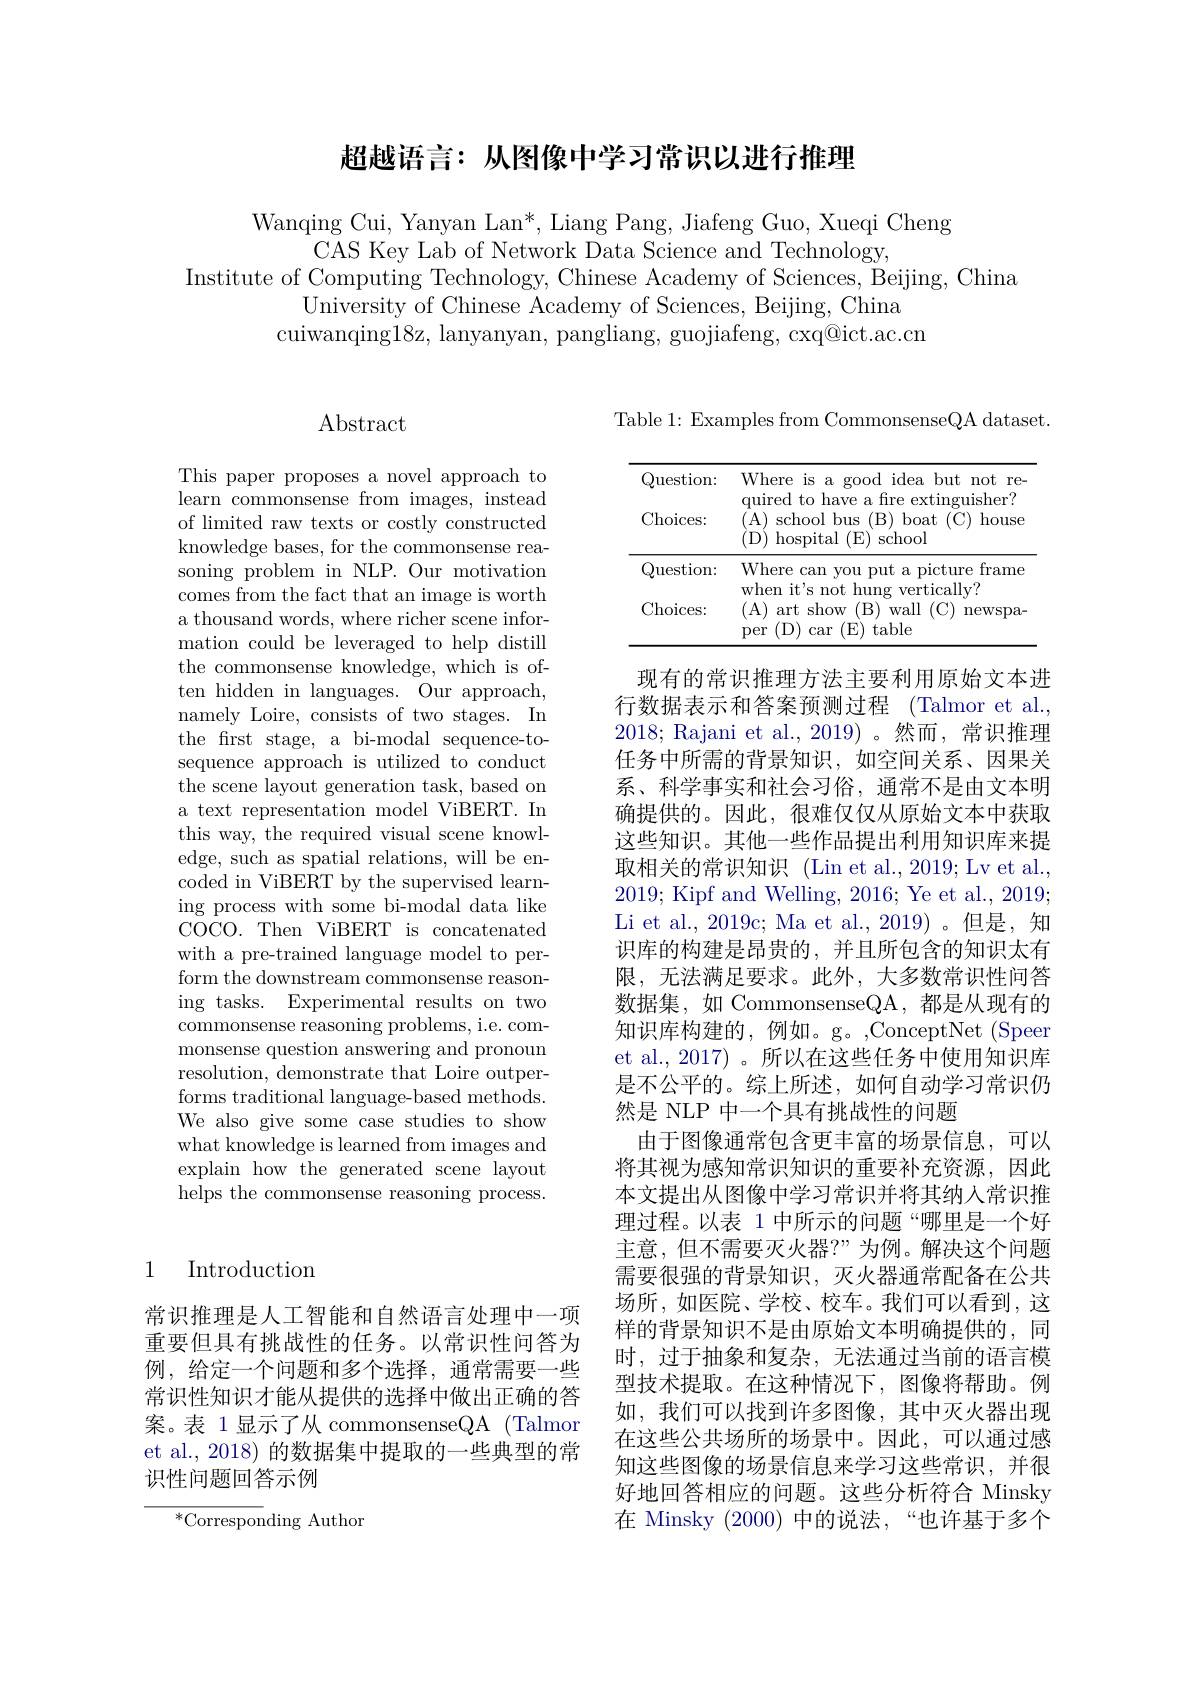
# 超越语言：从图像中学习常识以进行推理

Wanqing Cui, Yanyan Lan*, Liang Pang, Jiafeng Guo, Xueqi Cheng
CAS Key Lab of Network Data Science and Technology,
Institute of Computing Technology, Chinese Academy of Sciences, Beijing, China
University of Chinese Academy of Sciences, Beijing, China
cuiwanqing18z, lanyanyan, pangliang, guojiafeng, cxq@ict.ac.cn

## $\operatorname{Abstract}$

This paper proposes a novel approach to learn commonsense from images, instead of limited raw texts or costly constructed knowledge bases, for the commonsense reasoning problem in NLP. Our motivation comes from the fact that an image is worth a thousand words, where richer scene information could be leveraged to help distill the commonsense knowledge, which is often hidden in languages. Our approach, namely Loire, consists of two stages. In the frst stage, a bi-modal sequence-tosequence approach is utilized to conduct the scene layout generation task, based on a text representation model ViBERT. In this way, the required visual scene knowledge, such as spatial relations, will be encoded in ViBERT by the supervised learning process with some bi-modal data like COCO. Then ViBERT is concatenated with a pre-trained language model to perform the downstream commonsense reasoning tasks. Experimental results on two commonsense reasoning problems, i.e. commonsense question answering and pronoun resolution, demonstrate that Loire outperforms traditional language-based methods. We also give some case studies to show what knowledge is learned from images and explain how the generated scene layout helps the commonsense reasoning process.

### 1 Introduction

常识推理是人工智能和自然语言处理中一项重要但具有挑战性的任务。以常识性问答为例，给定一个问题和多个选择，通常需要一些常识性知识才能从提供的选择中做出正确的答案。表 1显示了从 commonsenseQA (Talmor et al., 2018) 的数据集中提取的一些典型的常识性问题回答示例

$^*$Corresponding Author

Table 1: Examples from CommonsenseQA dataset.

<table>
	<tbody>
		<tr>
			<td>Question:</td>
			<td>Where is a good idea but not re- $\dot{\text{111190d to}}$ $b$ $\operatorname{tingulisher}?$</td>
		</tr>
		<tr>
			<td>Choices:</td>
			<td>qure to nave a mre extinguis $(A$ school bus (B) boat (C) house D hospital ( E) school</td>
		</tr>
		<tr>
			<td>Question: </td>
			<td>Where can you put a picture frame rrhan $+\dot{\mathrm{icall}}_{\mathrm{v}}2$</td>
		</tr>
		<tr>
			<td>Choices:</td>
			<td>art show (B) wall $I($ newspa- car (E) table Der (D)</td>
		</tr>
	</tbody>
</table>

现有的常识推理方法主要利用原始文本进行数据表示和答案预测过程 (Talmor et al., 2018; Rajani et al., 2019)。然而，常识推理任务中所需的背景知识，如空间关系、因果关系、科学事实和社会习俗，通常不是由文本明确提供的。因此，很难仅仅从原始文本中获取这些知识。其他一些作品提出利用知识库来提取相关的常识知识 (Lin et al.,2019; Lv et al., 2019; Kipf and Welling, 2016; Ye et al., 2019; Li et al., 2019c; Ma et al., 2019)。但是，知识库的构建是昂贵的，并且所包含的知识太有限，无法满足要求。此外，大多数常识性问答数据集，如 CommonsenseQA,都是从现有的知识库构建的，例如。g。,ConceptNet (Speer et al., 2017)。所以在这些任务中使用知识库是不公平的。综上所述，如何自动学习常识仍然是 NLP 中一个具有挑战性的问题
由于图像通常包含更丰富的场景信息，可以将其视为感知常识知识的重要补充资源，因此本文提出从图像中学习常识并将其纳人常识推理过程。以表 1 中所示的问题“哪里是一个好主意，但不需要灭火器？”为例。解决这个问题需要很强的背景知识，灭火器通常配备在公共场所，如医院、学校、校车。我们可以看到，这样的背景知识不是由原始文本明确提供的，同时，过于抽象和复杂，无法通过当前的语言模型技术提取。在这种情况下，图像将帮助。例如，我们可以找到许多图像，其中灭火器出现在这些公共场所的场景中。因此，可以通过感知这些图像的场景信息来学习这些常识，并很好地回答相应的问题。这些分析符合 Minsky 在 Minsky (2000) 中的说法，“也许基于多个